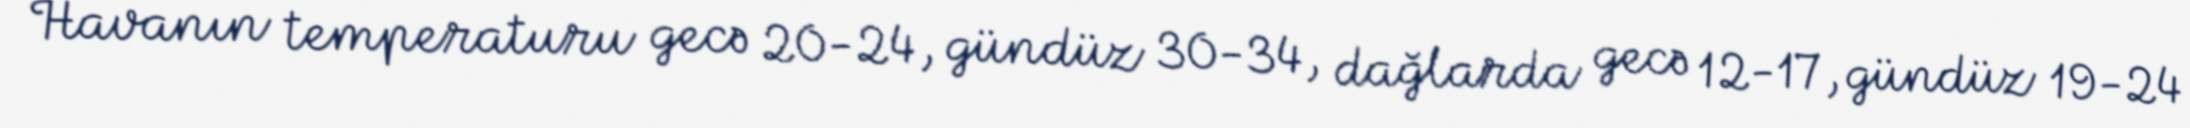
Havanın temperaturu gecə 20-24, gündüz 30-34, dağlarda gecə 12-17, gündüz 19-24